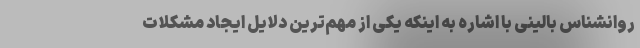
روانشناس بالینی با اشاره به اینکه یکی از مهم‌ترین دلایل ایجاد مشکلات